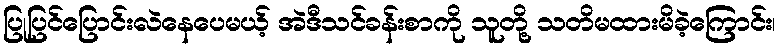
ပြုပြင်ပြောင်းလဲနေပေမယ့် အဲဒီသင်ခန်းစာကို သူတို့ သတိမထားမိခဲ့ကြောင်း၊